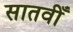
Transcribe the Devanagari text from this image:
सातवीँ